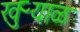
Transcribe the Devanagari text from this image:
खुऱ्याळ